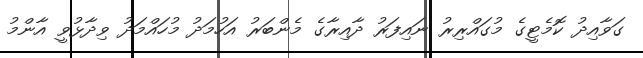
ގަވާއިދު ކޮމެޓީގެ މުގައްރިރު ނައިފަރު ދާއިރާގެ މެންބަރު އަހުމަދު މުހައްމަދު ވިދާޅުވީ އާންމު